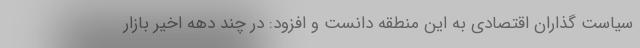
سیاست گذاران اقتصادی به این منطقه دانست و افزود: در چند دهه اخیر بازار